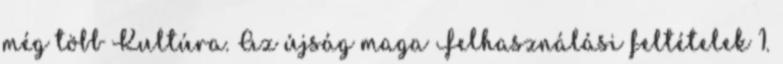
még több Kultúra. Az újság maga Felhasználási feltételek 1.